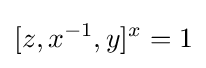
[z,x^{-1},y]^{x}=1